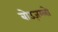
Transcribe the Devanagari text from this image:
बोउज़ग्लो